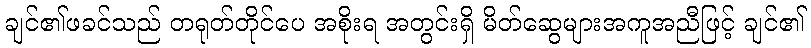
ချင်၏ဖခင်သည် တရုတ်တိုင်ပေ အစိုးရ အတွင်းရှိ မိတ်ဆွေများအကူအညီဖြင့် ချင်၏